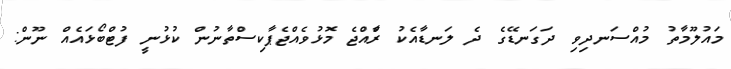
މައުލޫމާތު މުއްސަނދިވި ދަގަނޑޭގެ ދެ ލަނޑާއެކު ރާްއްޖެ މޮޅުވެއްޖެޕާކިސްތާނުން ކުޅުނީ ފުޓްބޯޅައެއް ނޫން: